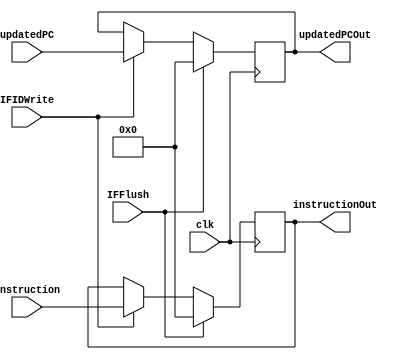
/*
 * Module by Chase Jones
 */

module IFIDBuffer(
	input [15:0] instruction, updatedPC, 
	input IFFlush, IFIDWrite, clk,
	output reg [15:0] instructionOut, updatedPCOut
);

always@(posedge clk)
begin
	if(IFFlush)
	begin
		instructionOut <= 0;
		updatedPCOut <= 0;
	end
	else if (!IFIDWrite)
	begin
		instructionOut <= instructionOut;
		updatedPCOut <= updatedPCOut;
	end
	else
	begin
		instructionOut <= instruction;
		updatedPCOut <= updatedPC;
	end
end

endmodule